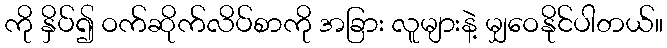
ကို နှိပ်၍ ဝက်ဆိုက်လိပ်စာကို အခြား လူများနဲ့ မျှဝေနိုင်ပါတယ်။